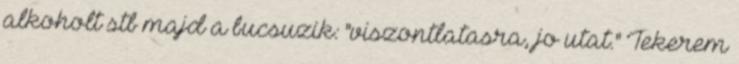
alkoholt stb majd a bucsuzik: "viszontlatasra, jo utat." Tekerem